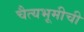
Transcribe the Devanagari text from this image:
चैत्यभूमीची